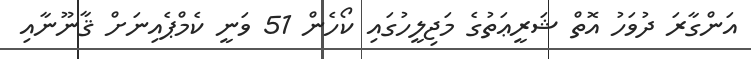
އަންގާރަ ދުވަހު އޮތް ޝަރީޢަތުގެ މަޖިލީހުގައި ކޯހެން 51 ވަނީ ކެމްޕެއިނަށް ޤާނޫނާއި